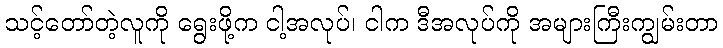
သင့်တော်တဲ့လူကို ရွေးဖို့က ငါ့အလုပ်၊ ငါက ဒီအလုပ်ကို အများကြီးကျွမ်းတာ